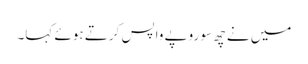
میں نے چھ سو روپے واپس کرتے ہوئے کہا۔